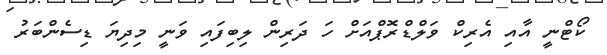
ކޯޓްނީ އާއި އެރިކް ވަލްޑްރޮޕްއަށް ހަ ދަރިން ލިބިފައި ވަނީ މިދިޔަ ޑިސެންބަރު